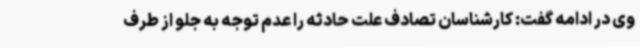
وی در ادامه گفت: کارشناسان تصادف علت حادثه را عدم توجه به جلو از طرف